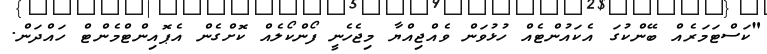
"ކަސްޓަމަރެއް ބޭންކުގަ އެކައުންޓެއް ހުޅުވަން ވެއްޖިއްޔާ މިޖެހެނީ ފޯންކޯލެއް ކޮށްގެން އެޕޮއިންޓްމެންޓް ހައްދަން.